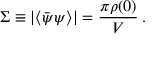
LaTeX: \Sigma \equiv | \langle \bar { \psi } \psi \rangle | = \frac { \pi \rho ( 0 ) } { V } \: .